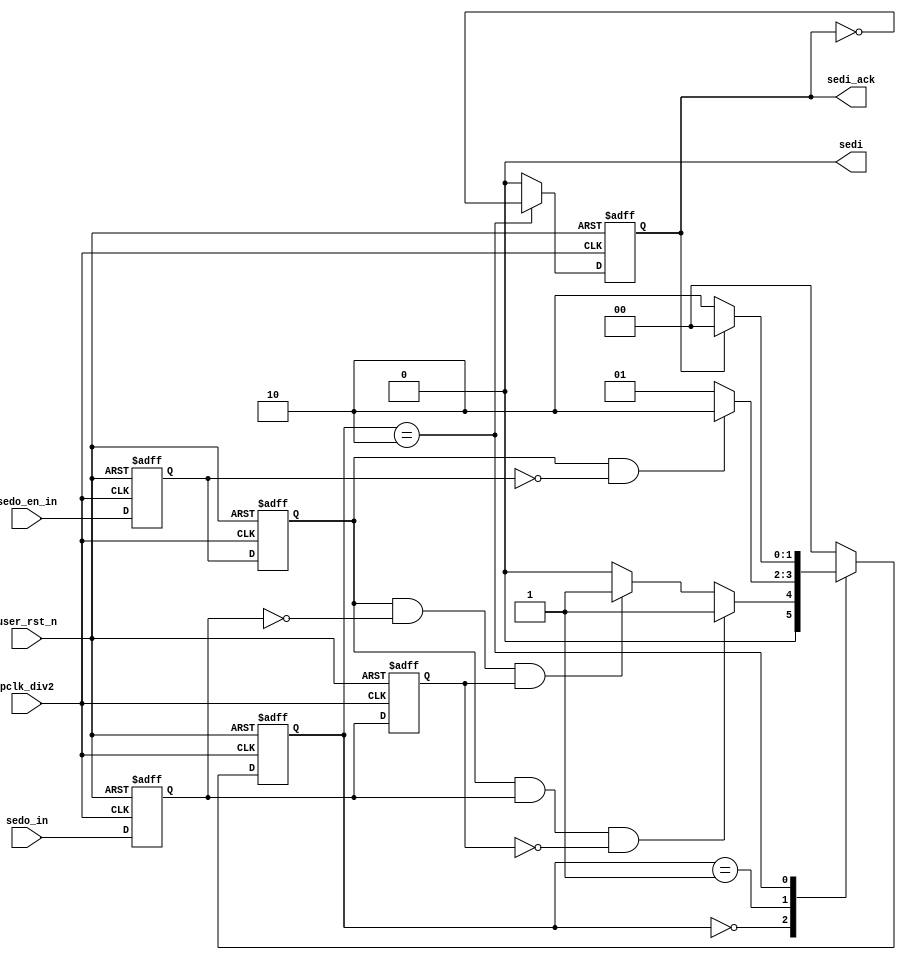
//////////////////////////////////////////////////////////////////////////////
//
// Copyright (c) 2020 PANGO MICROSYSTEMS, INC
// ALL RIGHTS REVERVED.
//
// THE SOURCE CODE CONTAINED HEREIN IS PROPRIETARY TO PANGO MICROSYSTEMS, INC.
// IT SHALL NOT BE REPRODUCED OR DISCLOSED IN WHOLE OR IN PART OR USED BY
// PARTIES WITHOUT WRITTEN AUTHORIZATION FROM THE OWNER.
//
//////////////////////////////////////////////////////////////////////////////
module ipsl_pcie_seio_intf_v1_0(
    input               pclk_div2   ,
    input               user_rst_n  ,

    input               sedo_in     ,
    input               sedo_en_in  ,
    output  wire        sedi        ,
    output  reg         sedi_ack
);

    reg     [1:0]   seio_state      ;
    reg     [1:0]   seio_nxt_state  ;
    reg             sedo_in_r       ;
    reg             sedo_in_2r      ;
    reg             sedo_en_r       ;
    reg             sedo_en_2r      ;

    localparam      SEIO_IDLE   = 2'b00;
    localparam      SEIO_BUSY   = 2'b01;
    localparam      SEIO_NACK   = 2'b10;

assign sedi = 1'b0;

//----------------PHASE1
always @(posedge pclk_div2  or negedge user_rst_n)
    if(!user_rst_n)
        seio_state  <= SEIO_IDLE;
    else
        seio_state  <= seio_nxt_state;

//----------------PHASE2
always@(*)
    case(seio_state)
        SEIO_IDLE:begin
            if(sedo_en_2r & sedo_in_r & ~sedo_in_2r)         //WR OP
                seio_nxt_state = SEIO_BUSY;
            else if(sedo_en_2r & ~sedo_in_r & sedo_in_2r)    //RD OP
                seio_nxt_state = SEIO_BUSY;
            else
                seio_nxt_state = SEIO_IDLE;
        end
        SEIO_BUSY:begin
            if(sedo_en_2r & ~sedo_en_r)         //falling edge of sedo_en
                seio_nxt_state = SEIO_NACK;
            else
                seio_nxt_state = SEIO_BUSY;
        end
        SEIO_NACK:begin
            if(sedi_ack)
                seio_nxt_state = SEIO_IDLE;
            else
                seio_nxt_state = SEIO_NACK;
        end
        default:seio_nxt_state = SEIO_IDLE;
    endcase

//------------------------------SEIO Logic
always @(posedge pclk_div2  or negedge user_rst_n)
    if(!user_rst_n)begin
        sedo_in_r   <= 1'b0;
        sedo_in_2r  <= 1'b0;
        sedo_en_r   <= 1'b0;
        sedo_en_2r  <= 1'b0;
    end
    else begin
        sedo_in_r   <= sedo_in;
        sedo_in_2r  <= sedo_in_r;
        sedo_en_r   <= sedo_en_in;
        sedo_en_2r  <= sedo_en_r;
    end

always @(posedge pclk_div2  or negedge user_rst_n)
    if(!user_rst_n)
        sedi_ack    <= 1'b0;
    else if(seio_state == SEIO_NACK)
        sedi_ack    <= ~sedi_ack;           //1 cycle pulse
    else
        sedi_ack    <= 1'b0;

endmodule